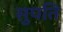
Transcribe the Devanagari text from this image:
सुपति